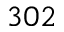
3 0 2